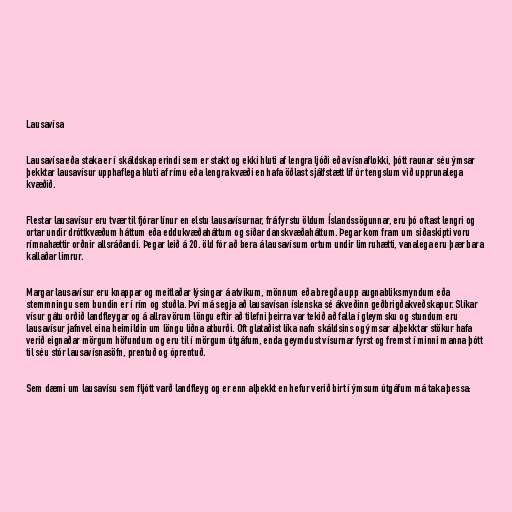
Lausavísa

Lausavísa eða staka er í skáldskap erindi sem er stakt og ekki hluti af lengra ljóði eða vísnaflokki, þótt raunar séu ýmsar
þekktar lausavísur upphaflega hluti af rímu eða lengra kvæði en hafa öðlast sjálfstætt líf úr tengslum við upprunalega
kvæðið.

Flestar lausavísur eru tvær til fjórar línur en elstu lausavísurnar, frá fyrstu öldum Íslandssögunnar, eru þó oftast lengri og
ortar undir dróttkvæðum háttum eða eddukvæðaháttum og síðar danskvæðaháttum. Þegar kom fram um siðaskipti voru
rímnahættir orðnir allsráðandi. Þegar leið á 20. öld fór að bera á lausavísum ortum undir limruhætti, vanalega eru þær bara
kallaðar limrur.

Margar lausavísur eru knappar og meitlaðar lýsingar á atvikum, mönnum eða bregða upp augnabliksmyndum eða
stemmningu sem bundin er í rím og stuðla. Því má segja að lausavísan íslenska sé ákveðinn geðbrigðakveðskapur. Slíkar
vísur gátu orðið landfleygar og á allra vörum löngu eftir að tilefni þeirra var tekið að falla í gleymsku og stundum eru
lausavísur jafnvel eina heimildin um löngu liðna atburði. Oft glataðist líka nafn skáldsins og ýmsar alþekktar stökur hafa
verið eignaðar mörgum höfundum og eru til í mörgum útgáfum, enda geymdust vísurnar fyrst og fremst í minni manna þótt
til séu stór lausavísnasöfn, prentuð og óprentuð.

Sem dæmi um lausavísu sem fljótt varð landfleyg og er enn alþekkt en hefur verið birt í ýmsum útgáfum má taka þessa: